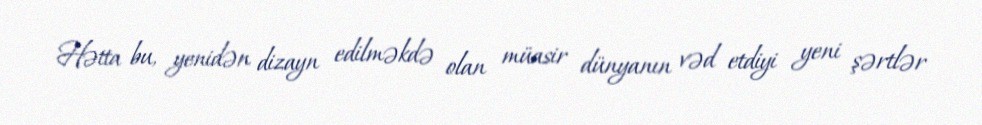
Hətta bu, yenidən dizayn edilməkdə olan müasir dünyanın vəd etdiyi yeni şərtlər